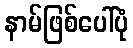
နာမ်ဖြစ်ပေါ်ပုံ